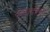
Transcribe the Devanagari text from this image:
दंडादेशों